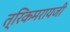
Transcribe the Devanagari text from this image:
त्रिकमरायजी